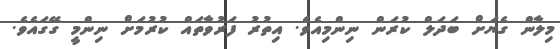
މިލާން ގެޔަށް ބަދަލް ކުރަން ނިންމިއެވެ. އިތުރު ފަރުވާތައް ކުރުމަށް ނިންމީ ގޭގައެވެ.